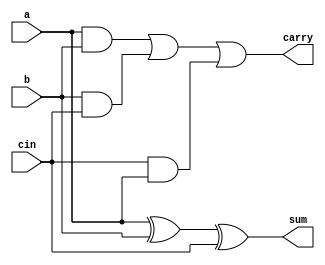
module full_adder1(a,b,cin,sum,carry);
input a,b,cin;
output sum,carry;
assign sum=a^b^cin;
assign carry=(a&b)|(b&cin)|(cin&a);
endmodule